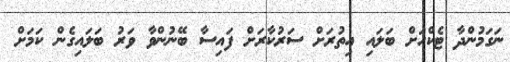
ނަގަމުންދާ ޓެކްހަށް ބަލައި އިތުރަށް ސަރުކާރަށް ފައިސާ ބޭނުންވާ ވަރު ބަލައިގެން ކަމަށް